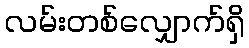
လမ်းတစ်လျှောက်ရှိ